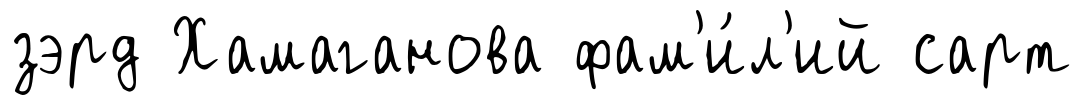
зэрд Хамаганова фам'и́л'ий сарт